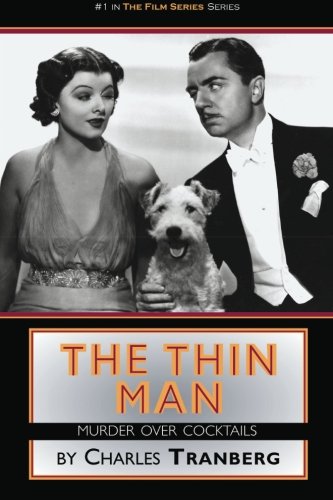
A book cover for The Thin Man: Murder Over Cocktails (Film Series); Charles Tranberg; Mystery, Thriller & Suspense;